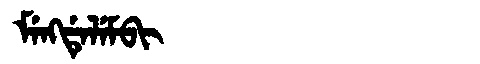
Manchu: ᠮᡝᠩᡩᡝᠯᡝᠮᠪᡳ
Romanization: MENGDELEMBI